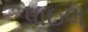
પાઇલ